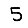
Digit: 5